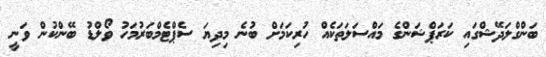
ބަންގްލަދޭޝްގައި ކަރަޕްޝަންގެ މައްސަލަތަކެއް ހުރިކަމަށް ބުނެ މިދިޔަ ސެޕްޓެމްބަރުމަހު ވޯލްޑު ބޭންކުން ވަނީ